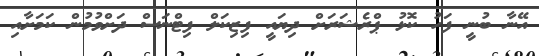
އޭނާ ބުނީ ފަހު ކޮޅު ޕްރެޝަރަށް ދިޔައީ ފިޒިކަލް ފިޓްނަސް ދަށްވުމުން ކަމަށާއި